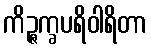
ကိဉ္ဇက္ခပရိဝါရိတာ